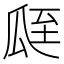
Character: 𦤻